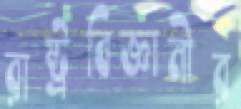
রাষ্ট্রবিজ্ঞানীর